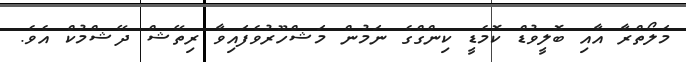
މަލޯތްރާ އާއި ބޮލީވުޑް ކޮމެޑީ ކިންގްގެ ނަމުން މަޝްހޫރުވެފައިވާ ރިތޭޝް ދޭޝްމުކް އެވެ.